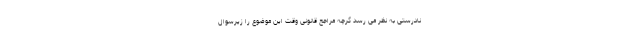
نادرستی به نظر می رسد گرچه مراجع قانونی وقت این موضوع را زیرسوال